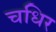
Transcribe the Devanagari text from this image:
चधिर